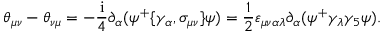
\theta _ { \mu \nu } - \theta _ { \nu \mu } = - \frac { \mathrm { i } } 4 \partial _ { \alpha } ( \psi ^ { + } \{ \gamma _ { \alpha } , \sigma _ { \mu \nu } \} \psi ) = \frac 1 2 \varepsilon _ { \mu \nu \alpha \lambda } \partial _ { \alpha } ( \psi ^ { + } \gamma _ { \lambda } \gamma _ { 5 } \psi ) .